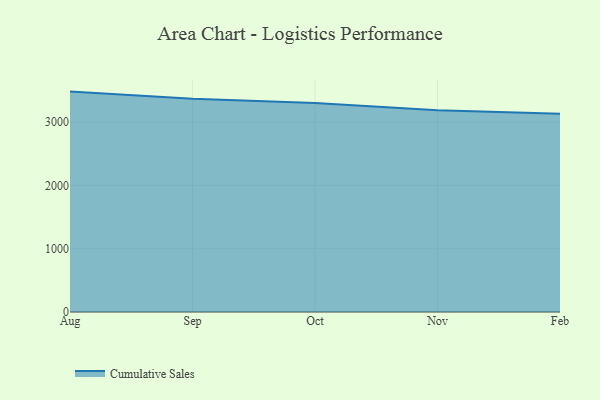
{"axis": {"x": "Month", "y": "Humidity (%)"}, "legend": ["Cumulative Sales"], "data": [{"x": "Aug", "y": 3481.2, "type": "Cumulative Sales"}, {"x": "Sep", "y": 3366.4, "type": "Cumulative Sales"}, {"x": "Oct", "y": 3301.8, "type": "Cumulative Sales"}, {"x": "Nov", "y": 3188.4, "type": "Cumulative Sales"}, {"x": "Feb", "y": 3129.6, "type": "Cumulative Sales"}]}